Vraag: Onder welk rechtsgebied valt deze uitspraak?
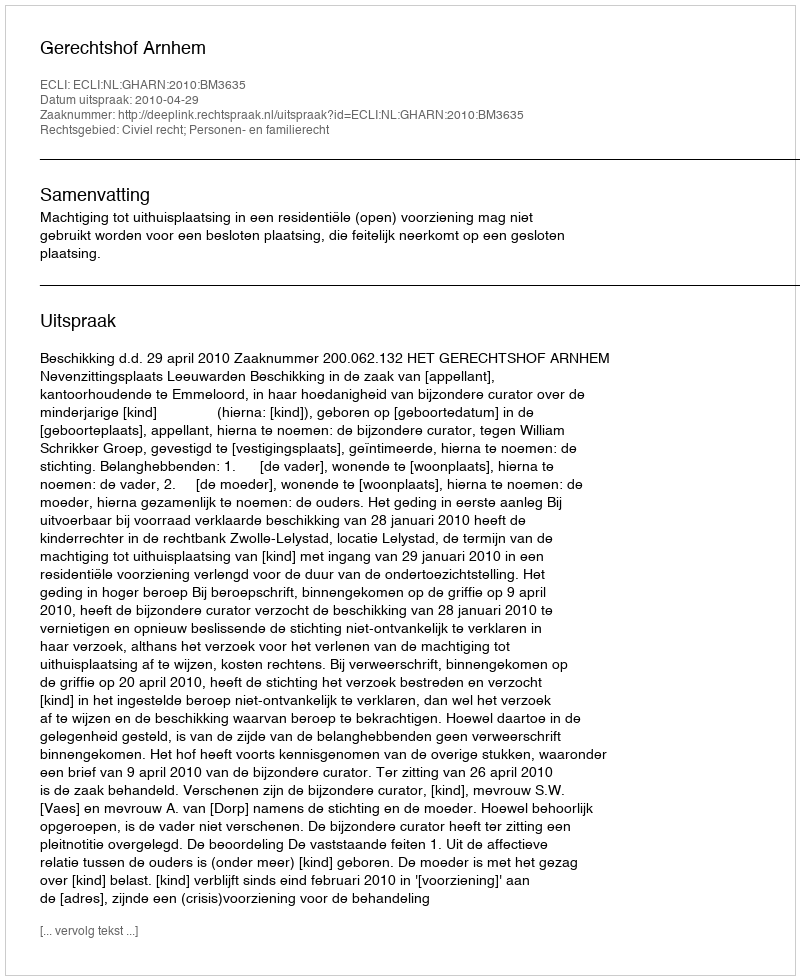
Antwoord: Civiel recht; Personen- en familierecht